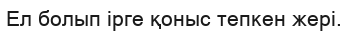
Ел болып ірге қоныс тепкен жері.